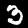
Digit: 3